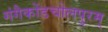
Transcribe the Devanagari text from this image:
गंगैकोंडचोलपुरम्